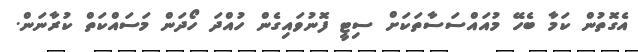
އެގޮތުން ކަމާ ބެހޭ މުއައްސަސާތަކަށް ސިޓީ ފޮނުވައިގެން ހުއްދަ ހޯދަން މަސައްކަތް ކުރާނަން.